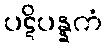
ပဋိပန္နကံ